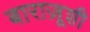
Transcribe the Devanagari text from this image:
बाराज़ूशी